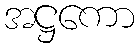
အဋ္ဌကော